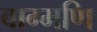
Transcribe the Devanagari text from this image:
वाग्मणि